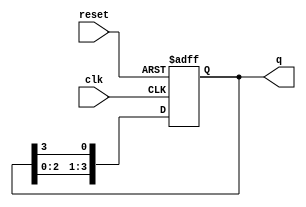
module bistable_ring_counter #(
    parameter N = 4  // Number of flip-flops
)(
    input wire clk,     // Clock input
    input wire reset,   // Asynchronous reset input
    output reg [N-1:0] q // Counter output
);

// Initial state
initial begin
    q = 1'b1; // Start with the first flip-flop high
end

// Sequential logic for the ring counter
always @(posedge clk or posedge reset) begin
    if (reset) begin
        q <= 1'b1; // Reset to initial state (first flip-flop high)
    end else begin
        // Shift the high state to the next flip-flop
        q <= {q[N-2:0], q[N-1]}; // Shift the bits to the right
        q[0] <= q[N-1]; // Feed the last flip-flop back to the first
    end
end

endmodule